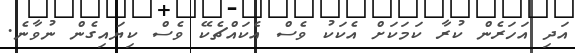
އަދި އަހަރެން ކުރާ ކަމަކަށް އެކަކު ވެސް އެކައްޗެކޭ ވެސް ކިޔައިގެން ނުވާނެ.